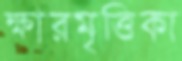
ক্ষারমৃত্তিকা